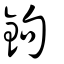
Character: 鉤